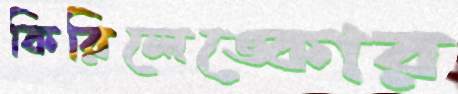
কিরিলেঙ্কোর